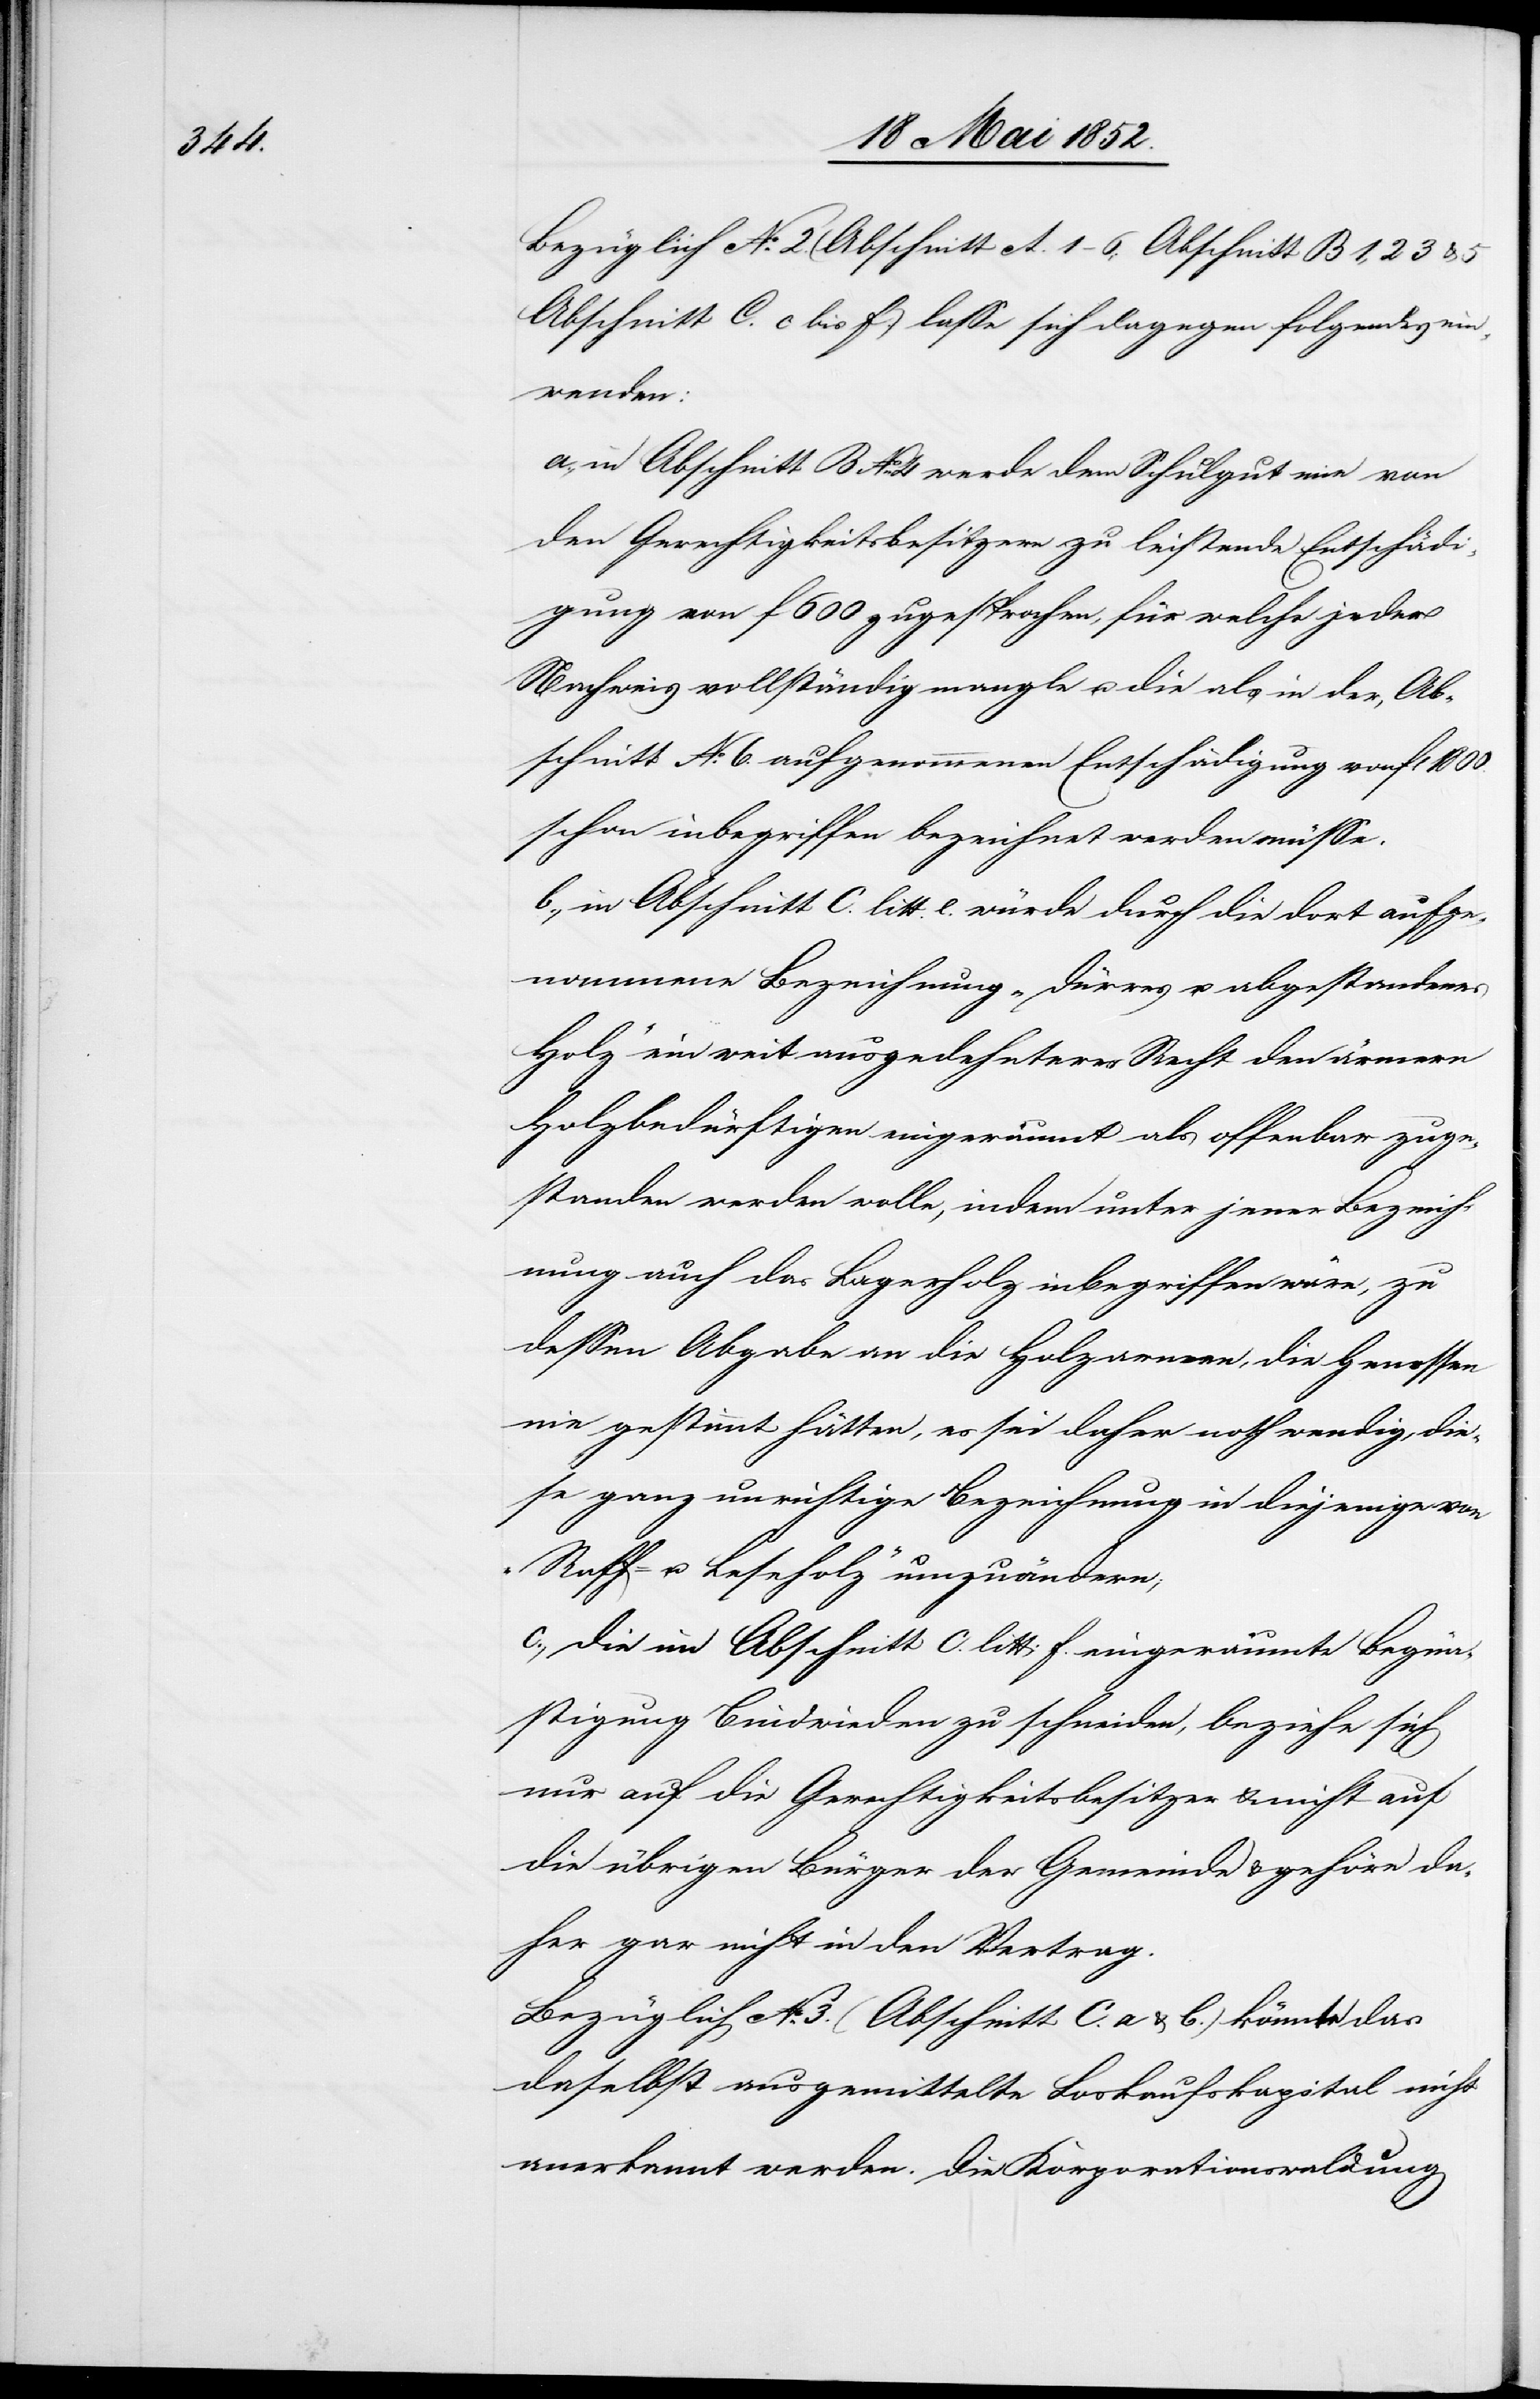
3.

Bezüglich No. 2. (Abschnitt A. 1–6; Abschnitt B 1, 2[,]
Abschnitt C. c bis f.) lasse sich dagegen folgendes ein¬
wenden:
a., in Abschnitt B No. 4 werde dem Schulgut eine von
den Gerechtigkeitsbesitzern zu leistende Entschäd¬
igung von f 600 zugesprochen, für welche jeder
Nachweis vollständig mangle u. die als in der, Ab¬
schnitt No. 6. aufgenommenen Entschädigung von fl 1800.
schon inbegriffen bezeichnet werden müsse.
b., in Abschnitt C. litt. e. würde durch die dort aufge¬
nommene Bezeichnung „dürres u. abgestandenes
Holz“ ein weit ausgedehnteres Recht den ärmern
Holzbedürftigen eingeräumt als offenbar zuge¬
standen werden wolle, indem unter jener Bezeich¬
nung auch das Lagerholz inbegriffen wäre, zu
dessen Abgabe an die Holzarmen, die Genossen
nie gestimmt hätten, es sei daher nothwendig, die¬
se ganz unrichtige Bezeichnung in diejenige von
„Raff- u. Leseholz“ umzuändern;
c., die im Abschnitt C. litt: f. eingeräumte Begün¬
stigung Bindwieden zu schneiden, beziehe sich
nur auf die Gerechtigkeitsbesitzer & nicht auf
die übrigen Bürger der Gemeinde & gehöre da¬
her gar nicht in den Vertrag.
Bezüglich No. 3. (Abschnitt C. a & b.) könnte das
daselbst ausgemittelte Loskaufskapital nicht
anerkannt werden. Die Korporationswaldung